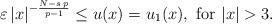
LaTeX: \begin{align*}\varepsilon\,|x|^{-\frac{N-s\,p}{p-1}}\leq u(x)=u_1(x),\mbox{ for }|x|>3.\end{align*}